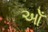
ઓઁ